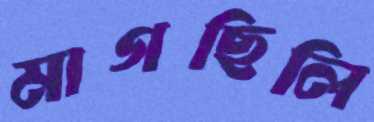
মাগছিলি